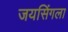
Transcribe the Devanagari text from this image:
जयसिंगला